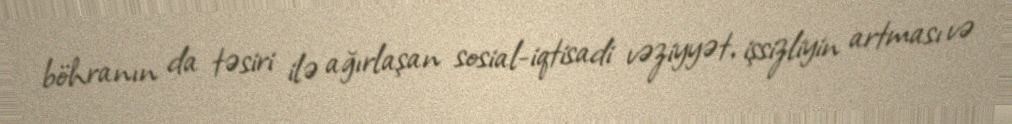
böhranın da təsiri ilə ağırlaşan sosial-iqtisadi vəziyyət, işsizliyin artması və